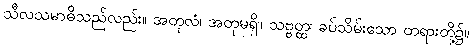
သီလသမာဓိသည်လည်း။ အတုလံ၊ အတုမရှိ။ သဗ္ဗတ္ထ၊ ခပ်သိမ်းသော တရားတို့၌။